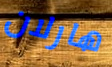
هارلان